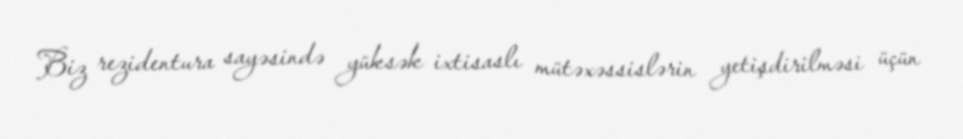
Biz rezidentura sayəsində yüksək ixtisaslı mütəxəssislərin yetişdirilməsi üçün